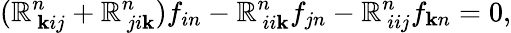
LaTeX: (\mathbb{R}_{~\mathbf{k}ij}^{n}+\mathbb{R}_{~ji\mathbf{k}}^{n})f_{in}-\mathbb{R}_{~ii\mathbf{k}}^{n}f_{jn}-\mathbb{R}_{~iij}^{n}f_{\mathbf{k}n}=0,